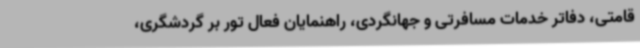
قامتی، دفاتر خدمات مسافرتی و جهانگردی، راهنمایان فعال تور بر گردشگری،